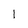
Character: l